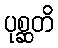
ပုစ္ဆတိ